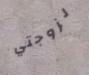
لزوجتي